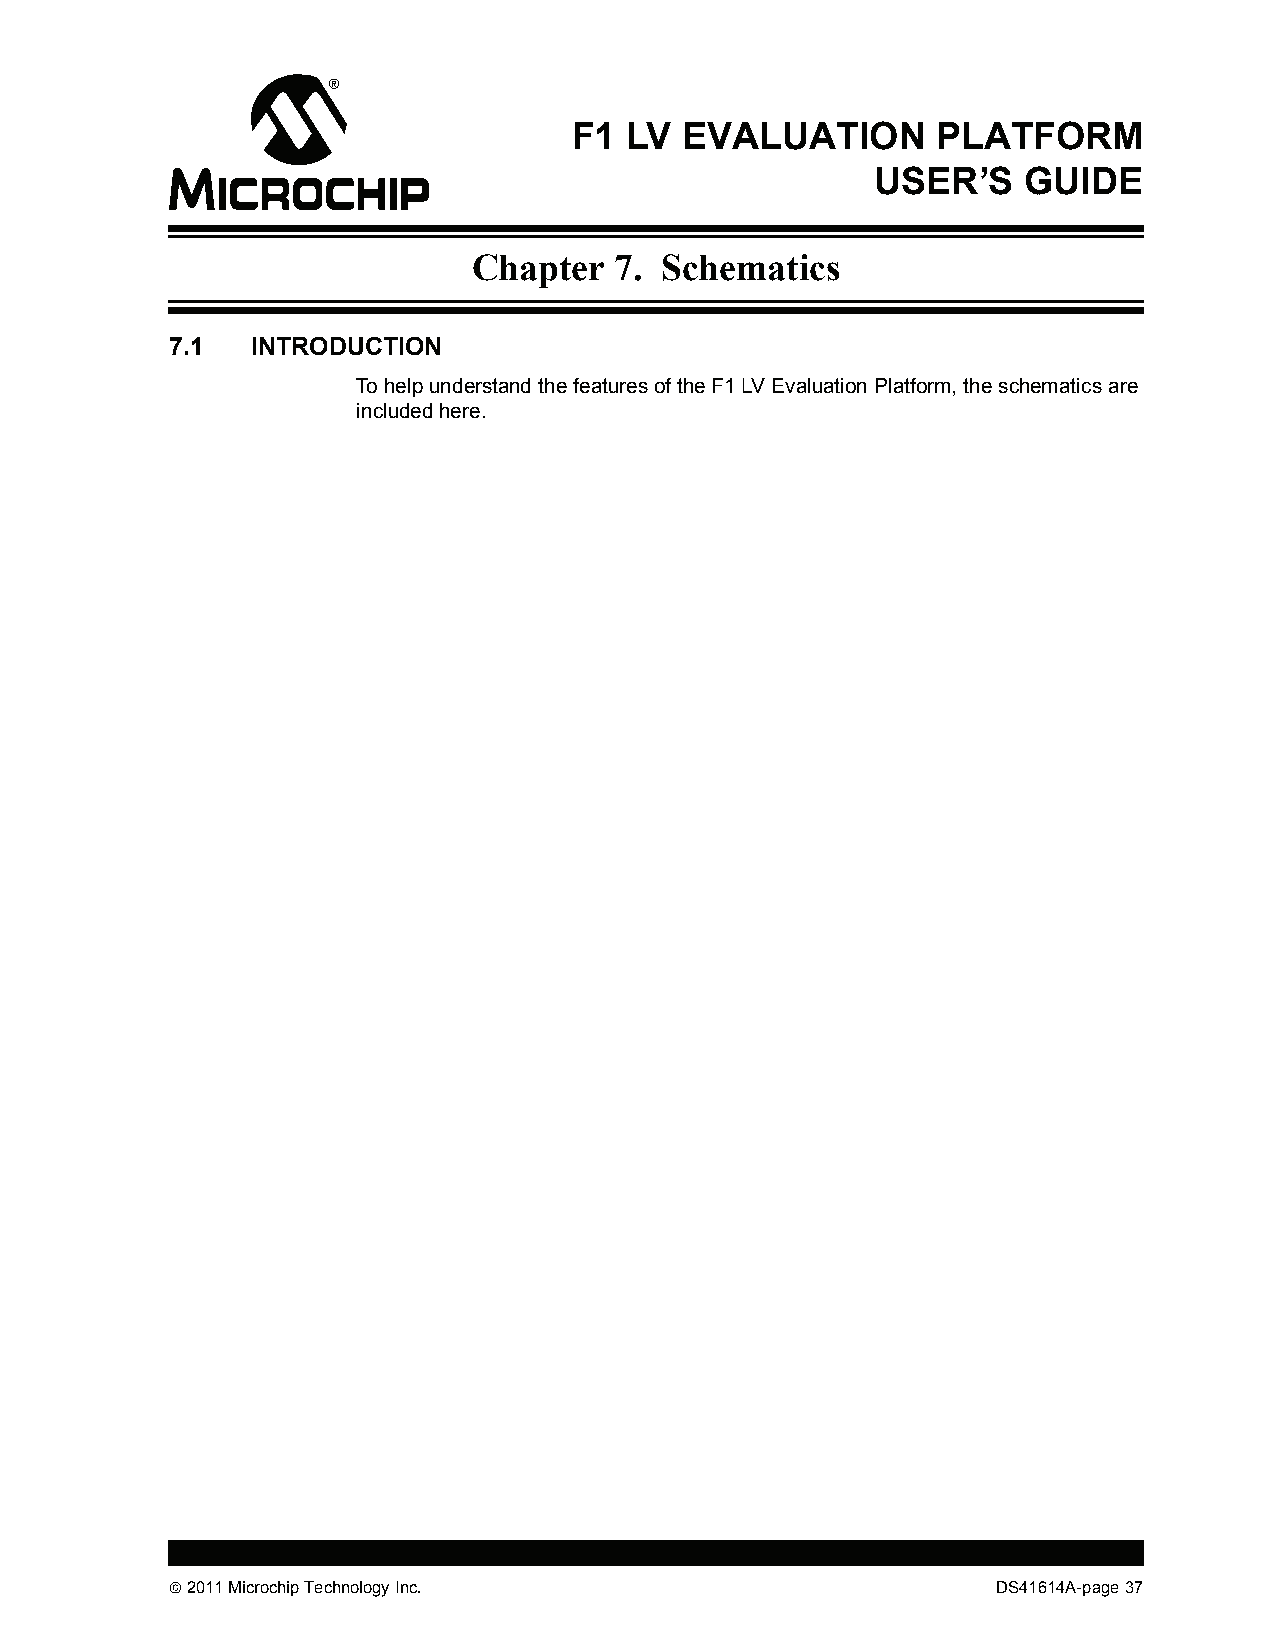
F1 LV  EVALUATION       PLATFORM
 USER’S    GUIDE
 Chapter   7. Schematics
 7.1   INTRODUCTION
 To help understand the features of the F1 LV Evaluation Platform, the schematics are
 included here.
  2011 Microchip Technology Inc.                       DS41614A-page 37